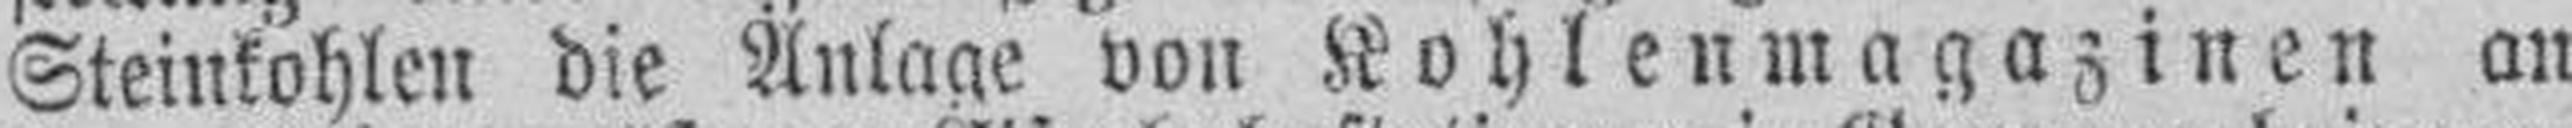
Steinkohlen die Anlage von Kohlenmagazinen an